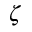
\zeta